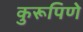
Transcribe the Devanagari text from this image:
कुरूपिणे